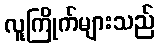
လူကြိုက်များသည်